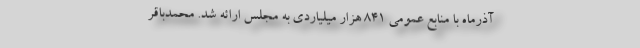
آذرماه با منابع عمومی ۸۴۱ هزار میلیاردی به مجلس ارائه شد. محمدباقر